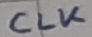
Text: CLK